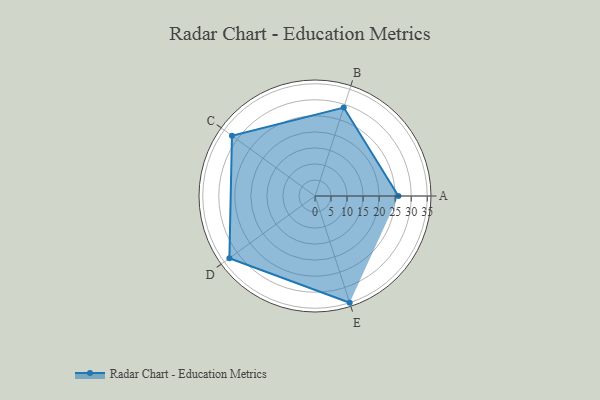
{"axis": {"x": "Skill", "y": "Score"}, "legend": ["Profile"], "data": [{"x": "A", "y": 26.0, "type": "Profile"}, {"x": "B", "y": 29.0, "type": "Profile"}, {"x": "C", "y": 32.0, "type": "Profile"}, {"x": "D", "y": 33.0, "type": "Profile"}, {"x": "E", "y": 35.0, "type": "Profile"}]}